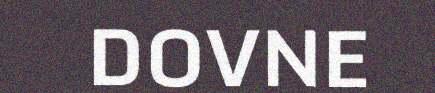
DOVNE